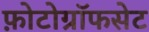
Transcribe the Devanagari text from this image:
फ़ोटोग्रॉफसेट